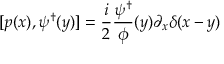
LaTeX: [ p ( x ) , \psi ^ { \dagger } ( y ) ] = { \frac { i } { 2 } } { \frac { \psi ^ { \dagger } } { \phi } } ( y ) \partial _ { x } \delta ( x - y )